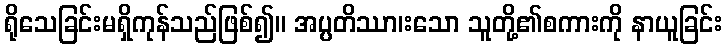
ရိုသေခြင်းမရှိကုန်သည်ဖြစ်၍။ အပ္ပတိဿာ၊းသော သူတို့၏စကားကို နာယူခြင်း